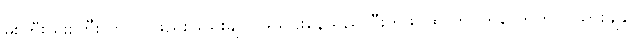
မိုးကြီး မိုးးကြီး ကလဲ ဖြည်းဖြည်းချင်ပဲဖိသွင်းနေသည်လီးကဖင်ထဲ တဝက်လောက်ဝင်သွားချိန်